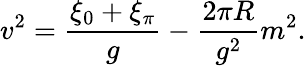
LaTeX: v^{2}={\frac{\xi_{0}+\xi_{\pi}}{g}}-{\frac{2\pi R}{g^{2}}}m^{2}.